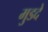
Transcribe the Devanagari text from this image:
मुडदे